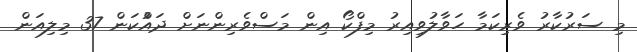
މި ސަރުުކާރު ވެރިކަމާ ހަވާލުވިއިރު މިފްކޯ އިން މަސްވެރިންނަށް ދައްުކަން 37 މިލިއަން